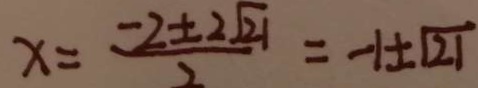
x = \frac { - 2 \pm 2 \sqrt { 2 1 } } { 2 } = - 1 \pm \sqrt { 2 1 }